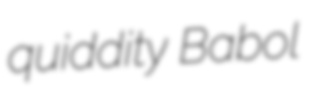
quiddity Babol